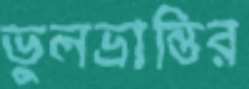
ভুলভ্রান্তির